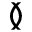
\between